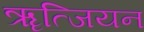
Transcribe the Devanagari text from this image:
ॠत्जियन